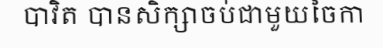
បាវិត បានសិក្សាចប់ជាមួយចៃកា